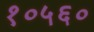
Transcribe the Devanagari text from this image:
१०५६०